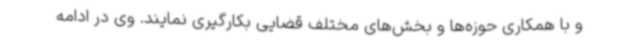
و با همکاری حوزه‌ها و بخش‌های مختلف قضایی بکارگیری نمایند. وی در ادامه